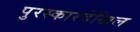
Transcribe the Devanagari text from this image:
पुरस्कारदेखिल